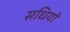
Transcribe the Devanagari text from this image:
सधियों